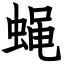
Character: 蝇